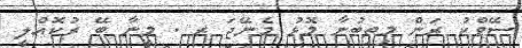
ސޭވްކު ރަން މިތިބުނާ މޮޅު މެނޭޖަ ރ . މީނާ ބޭ ރުކޮއްލީީ